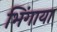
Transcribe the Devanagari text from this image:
भिंगाया